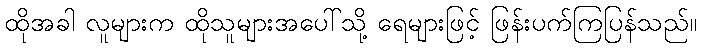
ထိုအခါ လူများက ထိုသူများအပေါ်သို့ ရေများဖြင့် ဖြန်းပက်ကြပြန်သည်။